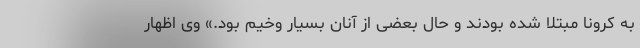
به کرونا مبتلا شده بودند و حال بعضی از آنان بسیار وخیم بود.» وی اظهار